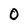
Character: 0